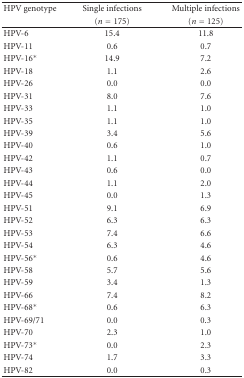
<table><thead><tr><td><b>HPV genotype</b></td><td><b>Single infections</b></td><td><b>Multiple infections</b></td></tr><tr><td></td><td><b>(<i>n</i> = 175)</b></td><td><b>(<i>n</i> = 125) </b></td></tr></thead><tbody><tr><td>HPV-6</td><td>15.4</td><td>11.8</td></tr><tr><td>HPV-11</td><td>0.6</td><td>0.7</td></tr><tr><td>HPV-16*</td><td>14.9</td><td>7.2</td></tr><tr><td>HPV-18</td><td>1.1</td><td>2.6</td></tr><tr><td>HPV-26</td><td>0.0</td><td>0.0</td></tr><tr><td>HPV-31</td><td>8.0</td><td>7.6</td></tr><tr><td>HPV-33</td><td>1.1</td><td>1.0</td></tr><tr><td>HPV-35</td><td>1.1</td><td>1.0</td></tr><tr><td>HPV-39</td><td>3.4</td><td>5.6</td></tr><tr><td>HPV-40</td><td>0.6</td><td>1.0</td></tr><tr><td>HPV-42</td><td>1.1</td><td>0.7</td></tr><tr><td>HPV-43</td><td>0.6</td><td>0.0</td></tr><tr><td>HPV-44</td><td>1.1</td><td>2.0</td></tr><tr><td>HPV-45</td><td>0.0</td><td>1.3</td></tr><tr><td>HPV-51</td><td>9.1</td><td>6.9</td></tr><tr><td>HPV-52</td><td>6.3</td><td>6.3</td></tr><tr><td>HPV-53</td><td>7.4</td><td>6.6</td></tr><tr><td>HPV-54</td><td>6.3</td><td>4.6</td></tr><tr><td>HPV-56*</td><td>0.6</td><td>4.6</td></tr><tr><td>HPV-58</td><td>5.7</td><td>5.6</td></tr><tr><td>HPV-59</td><td>3.4</td><td>1.3</td></tr><tr><td>HPV-66</td><td>7.4</td><td>8.2</td></tr><tr><td>HPV-68*</td><td>0.6</td><td>6.3</td></tr><tr><td>HPV-69/71</td><td>0.0</td><td>0.3</td></tr><tr><td>HPV-70</td><td>2.3</td><td>1.0</td></tr><tr><td>HPV-73*</td><td>0.0</td><td>2.3</td></tr><tr><td>HPV-74</td><td>1.7</td><td>3.3</td></tr><tr><td>HPV-82</td><td>0.0</td><td>0.3</td></tr></tbody></table>